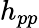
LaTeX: h_{pp}